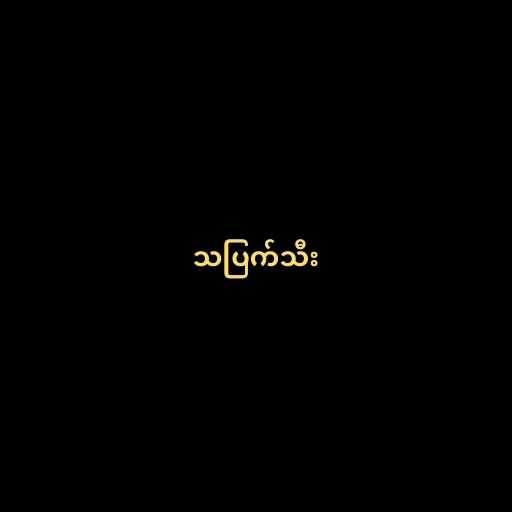
သပြက်သီး